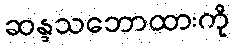
ဆန္ဒသဘောထားကို